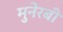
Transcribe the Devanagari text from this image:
मुनेरबी